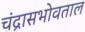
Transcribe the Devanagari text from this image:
चंद्रासभोवताल